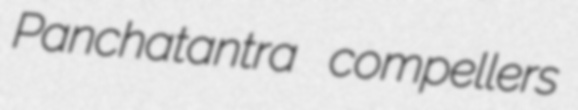
Panchatantra compellers